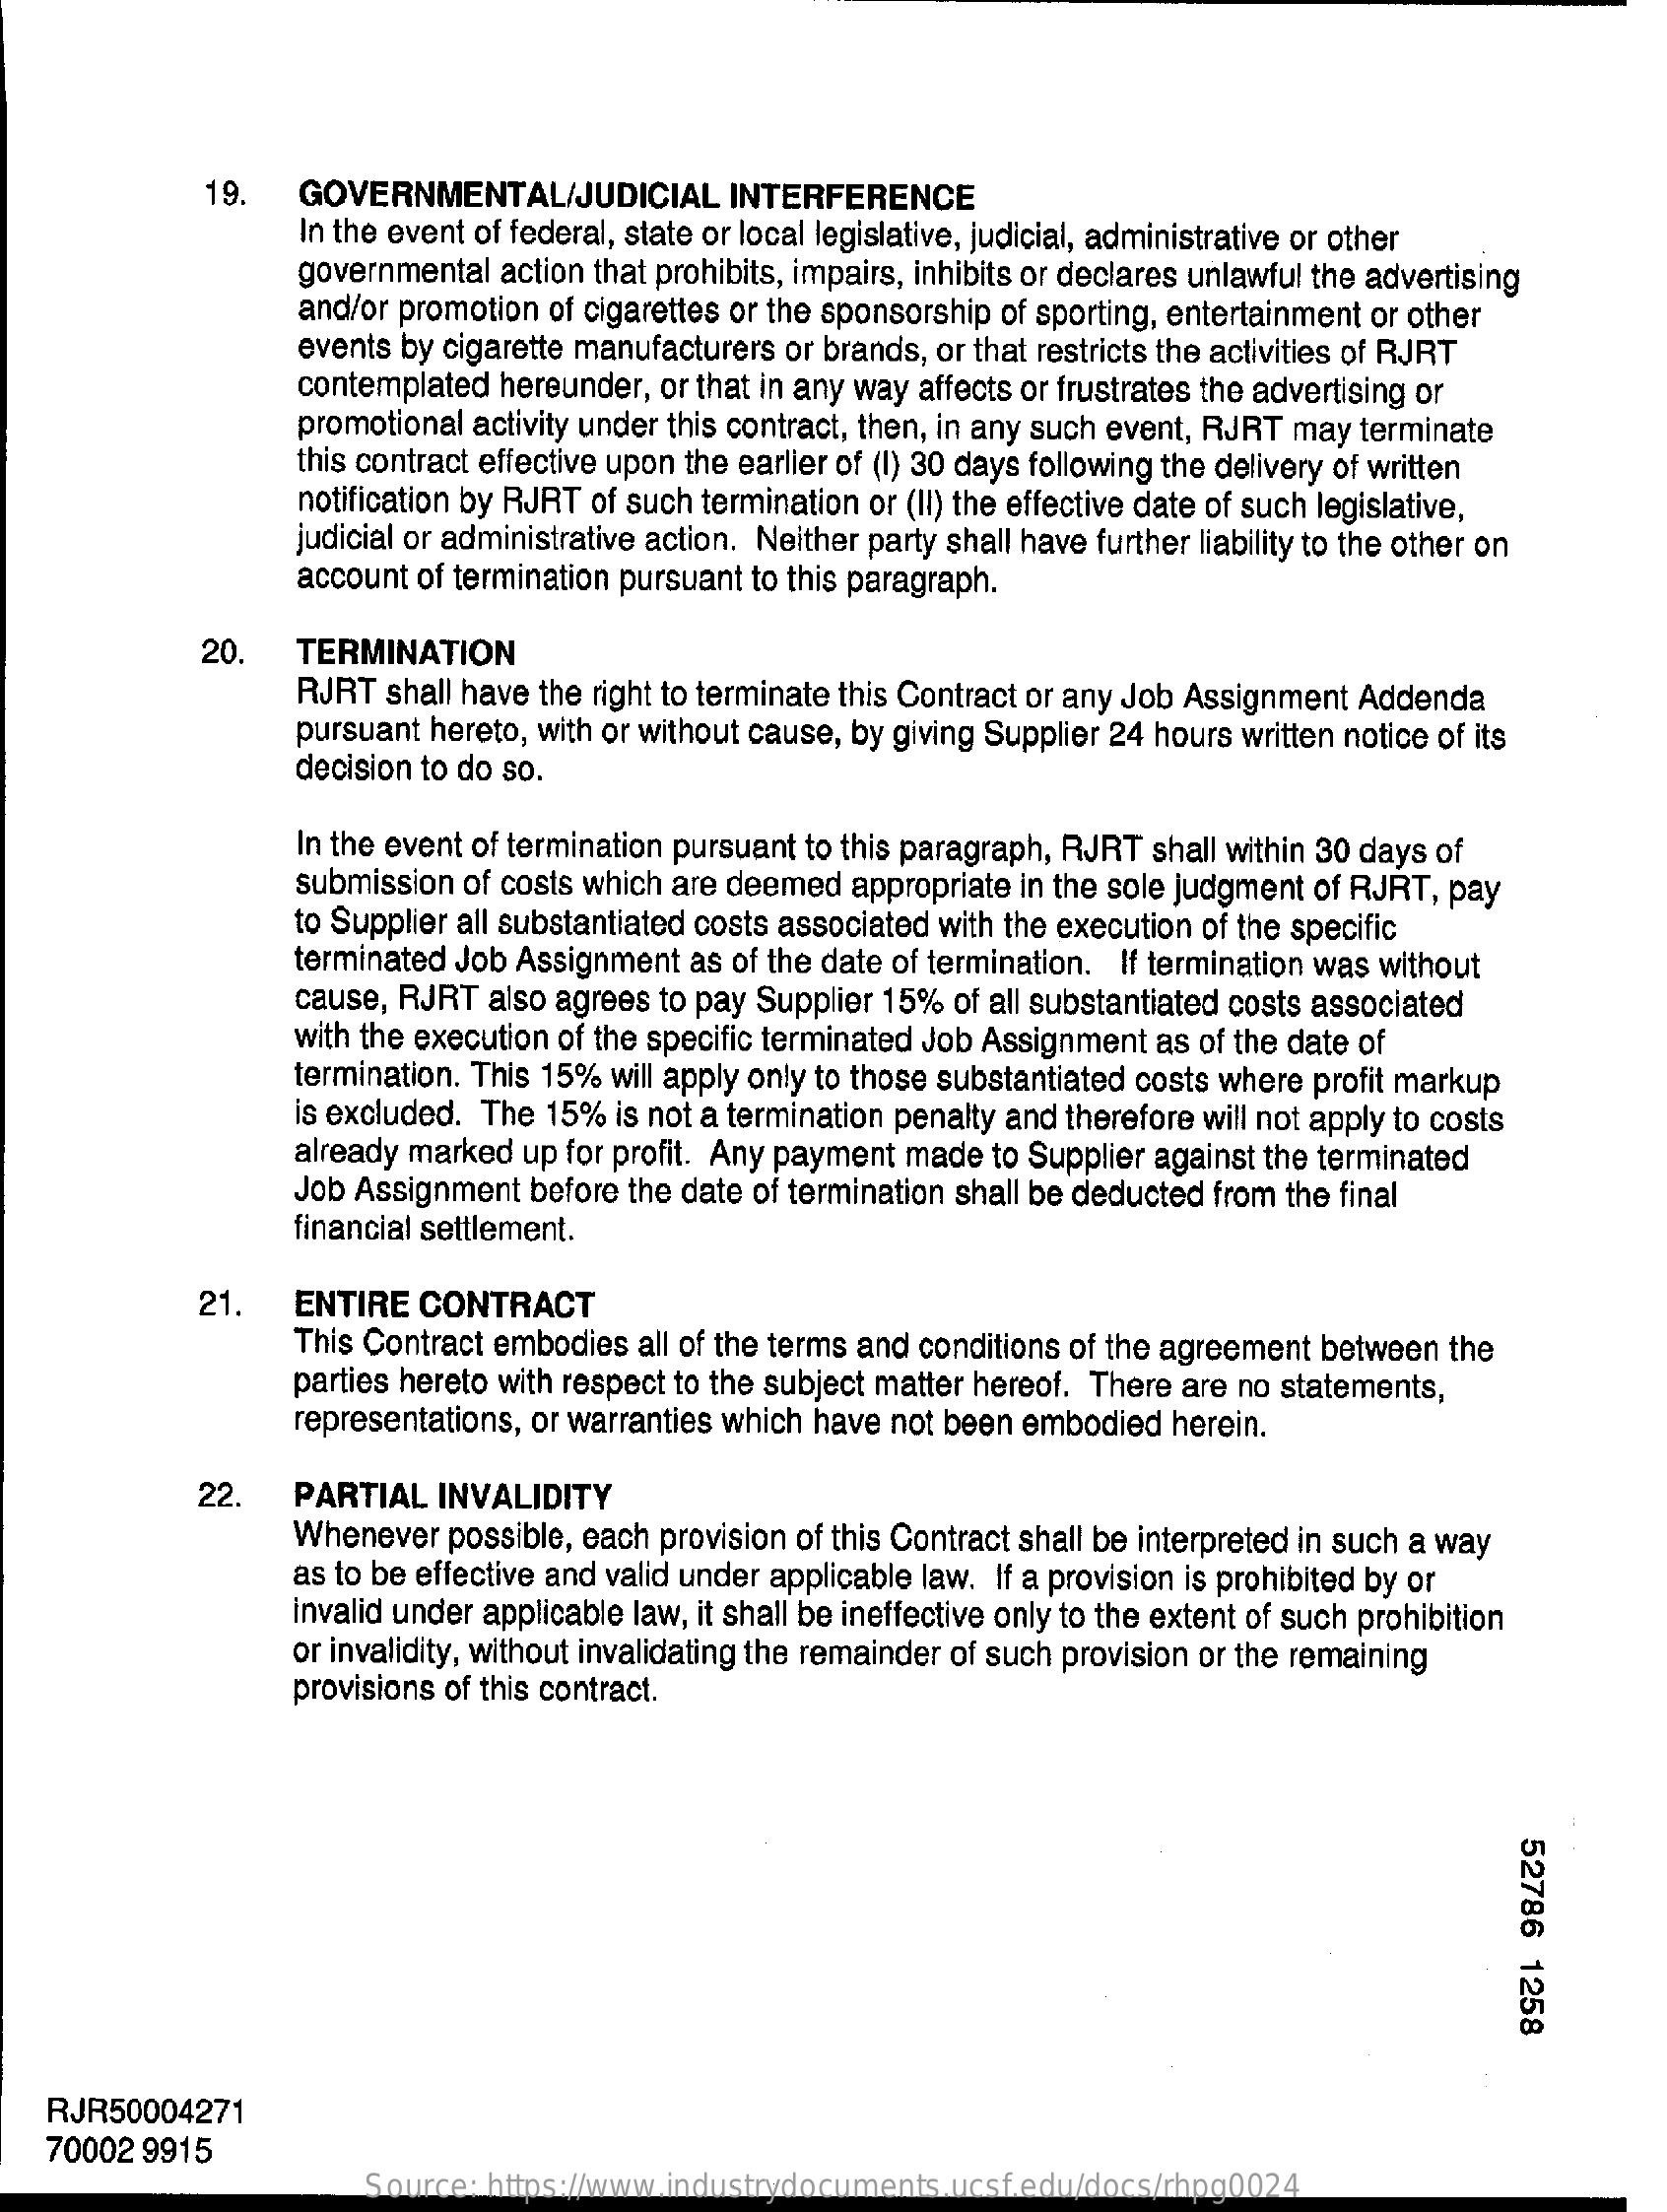
19.   GOVERNMENTAL/JUDICIAL    INTERFERENCE
     In the event of federal, state or local legislative, judicial, administrative or other
     governmental action that prohibits, impairs, inhibits or declares unlawful the advertising
     and/or promotion of cigarettes or the sponsorship of sporting, entertainment or other
     events by cigarette manufacturers or brands, or that restricts the activities of RJRT
     contemplated hereunder, or that in any way affects or frustrates the advertising or
     promotional activity under this contract, then, in any such event, RJRT may terminate
     this contract effective upon the earlier of (I) 30 days following the delivery of written
     notification by RJRT of such termination or (II) the effective date of such legislative,
     judicial or administrative action. Neither party shall have further liability to the other on
     account of termination pursuant to this paragraph.
     20.  TERMINATION
     RJRT shall have the right to terminate this Contract or any Job Assignment Addenda
     pursuant hereto, with or without cause, by giving Supplier 24 hours written notice of its
     decision to do so.
     In the event of termination pursuant to this paragraph, RJRT shall within 30 days of
     submission of costs which are deemed appropriate in the sole judgment of RJRT, pay
     to Supplier all substantiated costs associated with the execution of the specific
     terminated Job Assignment as of the date of termination. If termination was without
     cause, RJRT also agrees to pay Supplier 15% of all substantiated costs associated
     with the execution of the specific terminated Job Assignment as of the date of
     termination. This 15% will apply only to those substantiated costs where profit markup
     is excluded. The 15% is not a termination penalty and therefore will not apply to costs
     already marked up for profit. Any payment made to Supplier against the terminated
     Job Assignment before the date of termination shall be deducted from the final
     financial settlement.
     21.   ENTIRE  CONTRACT
     This Contract embodies all of the terms and conditions of the agreement between the
     parties hereto with respect to the subject matter hereof. There are no statements,
     representations, or warranties which have not been embodied herein.
     22.   PARTIAL   INVALIDITY
     Whenever   possible, each provision of this Contract shall be interpreted in such a way
     as to be effective and valid under applicable law. If a provision is prohibited by or
     invalid under applicable law, it shall be ineffective only to the extent of such prohibition
     or invalidity, without invalidating the remainder of such provision or the remaining
     provisions of this contract.
     52786
     1258
   RJR50004271
   70002 9915
     Source: https://www.industrydocuments.ucsf.edu/docs/rhpg0024